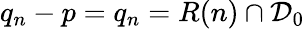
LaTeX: q_{n}-p=q_{n}=R(n)\cap{\cal D}_{0}